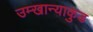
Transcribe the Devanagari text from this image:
उम्खान्याकुड